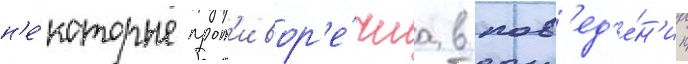
н'е́которые прот'ивор'е́чиа в пов'ед'е́н'ии